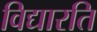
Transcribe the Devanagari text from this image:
विद्यारति